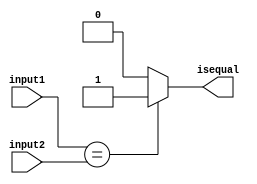
module Comparator (isequal, input1 ,input2);

//This module is used for comparing two inputs and set output to 1 if the two inputs are equal 

input [31:0]  input1;
input [31:0]  input2;
output isequal;

assign isequal = (input1 == input2) ? 1'b1 : 1'b0;

endmodule